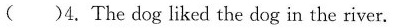
( )4.The dog liked the dog in the river.